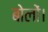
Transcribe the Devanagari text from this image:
बोलों।